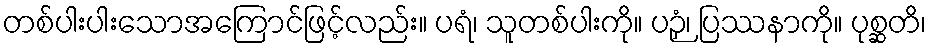
တစ်ပါးပါးသောအကြောင်ဖြင့်လည်း။ ပရံ၊ သူတစ်ပါးကို။ ပဉှံ၊ ပြဿနာကို။ ပုစ္ဆတိ၊